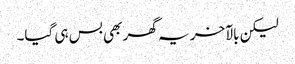
لیکن بالآخر یہ گھر بھی بس ہی گیا۔